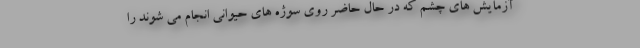
آزمایش های چشم که در حال حاضر روی سوژه های حیوانی انجام می شوند را